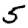
Digit: 5